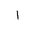
Letter: _alif